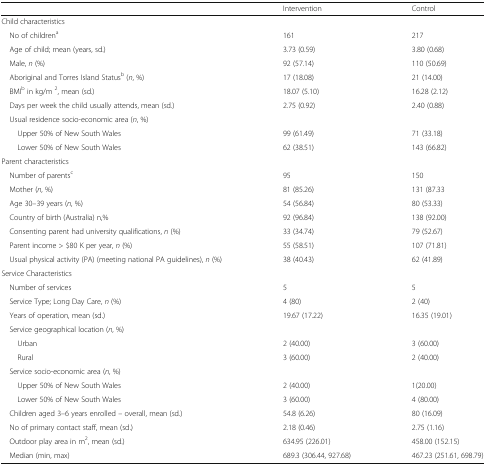
<table><thead><tr><td></td><td><b>Intervention</b></td><td><b>Control</b></td></tr></thead><tbody><tr><td colspan="3">Child characteristics</td></tr><tr><td> No of children<sup>a</sup></td><td>161</td><td>217</td></tr><tr><td> Age of child; mean (years, sd.)</td><td>3.73 (0.59)</td><td>3.80 (0.68)</td></tr><tr><td> Male, <i>n</i> (%)</td><td>92 (57.14)</td><td>110 (50.69)</td></tr><tr><td> Aboriginal and Torres Island Status<sup>b</sup> (<i>n</i>, %)</td><td>17 (18.08)</td><td>21 (14.00)</td></tr><tr><td> BMI<sup>b</sup> in kg/m <sup>2</sup>, mean (sd.)</td><td>18.07 (5.10)</td><td>16.28 (2.12)</td></tr><tr><td> Days per week the child usually attends, mean (sd.)</td><td>2.75 (0.92)</td><td>2.40 (0.88)</td></tr><tr><td colspan="3"> Usual residence socio-economic area (<i>n</i>, %)</td></tr><tr><td>Upper 50% of New South Wales</td><td>99 (61.49)</td><td>71 (33.18)</td></tr><tr><td>Lower 50% of New South Wales</td><td>62 (38.51)</td><td>143 (66.82)</td></tr><tr><td colspan="3">Parent characteristics</td></tr><tr><td> Number of parents<sup>c</sup></td><td>95</td><td>150</td></tr><tr><td> Mother (<i>n</i>, %)</td><td>81 (85.26)</td><td>131 (87.33</td></tr><tr><td> Age 30–39 years (<i>n</i>, %)</td><td>54 (56.84)</td><td>80 (53.33)</td></tr><tr><td> Country of birth (Australia) n,%</td><td>92 (96.84)</td><td>138 (92.00)</td></tr><tr><td> Consenting parent had university qualifications, <i>n</i> (%)</td><td>33 (34.74)</td><td>79 (52.67)</td></tr><tr><td> Parent income &gt; $80 K per year, <i>n</i> (%)</td><td>55 (58.51)</td><td>107 (71.81)</td></tr><tr><td> Usual physical activity (PA) (meeting national PA guidelines), <i>n</i> (%)</td><td>38 (40.43)</td><td>62 (41.89)</td></tr><tr><td colspan="3">Service Characteristics</td></tr><tr><td> Number of services</td><td>5</td><td>5</td></tr><tr><td> Service Type; Long Day Care, <i>n</i> (%)</td><td>4 (80)</td><td>2 (40)</td></tr><tr><td> Years of operation, mean (sd.)</td><td>19.67 (17.22)</td><td>16.35 (19.01)</td></tr><tr><td colspan="3"> Service geographical location (<i>n</i>, %)</td></tr><tr><td>Urban</td><td>2 (40.00)</td><td>3 (60.00)</td></tr><tr><td>Rural</td><td>3 (60.00)</td><td>2 (40.00)</td></tr><tr><td colspan="3"> Service socio-economic area (<i>n</i>, %)</td></tr><tr><td>Upper 50% of New South Wales</td><td>2 (40.00)</td><td>1(20.00)</td></tr><tr><td>Lower 50% of New South Wales</td><td>3 (60.00)</td><td>4 (80.00)</td></tr><tr><td> Children aged 3–6 years enrolled – overall, mean (sd.)</td><td>54.8 (6.26)</td><td>80 (16.09)</td></tr><tr><td> No of primary contact staff, mean (sd.)</td><td>2.18 (0.46)</td><td>2.75 (1.16)</td></tr><tr><td> Outdoor play area in m<sup>2</sup>, mean (sd.)</td><td>634.95 (226.01)</td><td>458.00 (152.15)</td></tr><tr><td> Median (min, max)</td><td>689.3 (306.44, 927.68)</td><td>467.23 (251.61, 698.79)</td></tr></tbody></table>